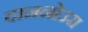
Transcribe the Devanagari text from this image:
दाननोउरा